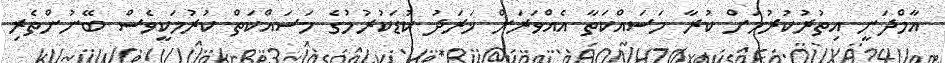
އާމްދަނީ އިތުރުކުރުމަށް ކުރާ މަސައްކަތާ އެއްވަރަށް ޚަރަދު ކުޑަކުރުމުގެ މަސައްކަތް ކުރުމަކީވެސް ބޭނުންތެރި